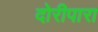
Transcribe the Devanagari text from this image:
दोरीपारा